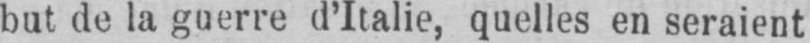
but de la guerre d’Italie, quelles en seraient